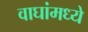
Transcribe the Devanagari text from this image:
वाघांमध्ये